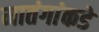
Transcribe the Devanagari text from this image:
मातंगांकडे